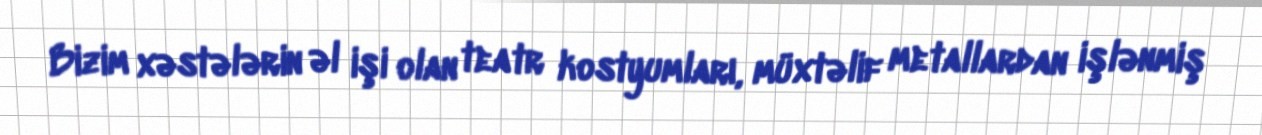
Bizim xəstələrin əl işi olan teatr kostyumları, müxtəlif metallardan işlənmiş